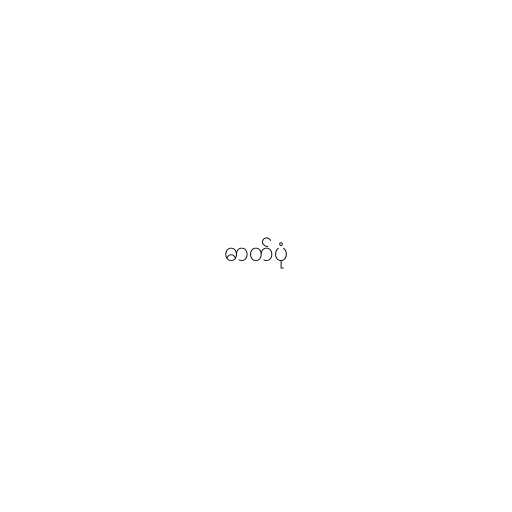
ဓာတ်ပုံ